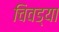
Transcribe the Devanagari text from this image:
चिवड्या